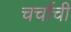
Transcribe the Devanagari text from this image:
चर्चाची